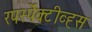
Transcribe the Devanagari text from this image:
रपर्स्पेक्टीव्ह्स